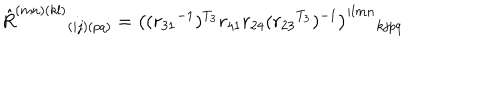
\hat { R } ^ { ( m n ) ( k l ) } { } _ { ( i j ) ( p q ) } = \left( ( { r _ { 3 1 } } ^ { - 1 } ) ^ { T _ { 3 } } r _ { 4 1 } r _ { 2 4 } ( { r _ { 2 3 } } ^ { T _ { 3 } } ) ^ { - 1 } \right) ^ { i l m n } { } _ { k j p q }